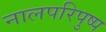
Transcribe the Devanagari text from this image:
नालपरिपुष्प